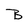
Character: B